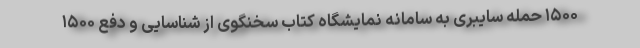
۱۵۰۰ حمله سایبری به سامانه نمایشگاه کتاب سخنگوی از شناسایی و دفع ۱۵۰۰